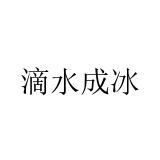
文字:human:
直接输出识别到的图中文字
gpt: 滴水成冰